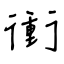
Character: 衝